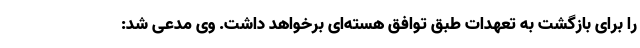
را برای بازگشت به تعهدات طبق توافق هسته‌ای برخواهد داشت. وی مدعی شد: